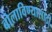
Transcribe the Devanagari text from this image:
बोलाविण्यासाठी